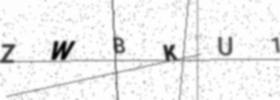
Text: ZWBKU1